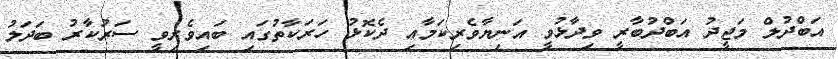
އަބްދުލް މަޖީދު އަބްދުބާރީ ވިދާޅުވީ އަނިޔާވެރިކަމާއި ދެކޮޅު ހަރަކާތުގައި ބައިވެރިވީ ސަރުކާރު ބަދަލު